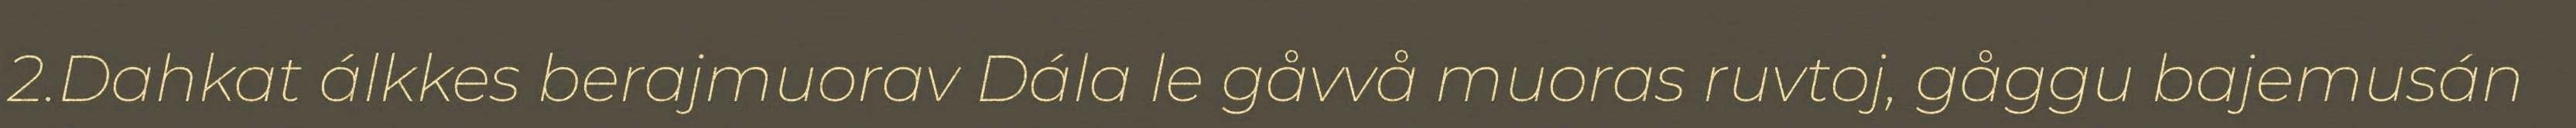
2.Dahkat álkkes berajmuorav Dála le gåvvå muoras ruvtoj, gåggu bajemusán